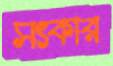
সৎকার